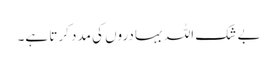
بے شک اللہ بہادروں کی مدد کرتا ہے۔